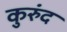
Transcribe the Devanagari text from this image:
कुरुंद